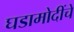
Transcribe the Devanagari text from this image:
घडामोदींचे